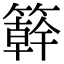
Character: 簳